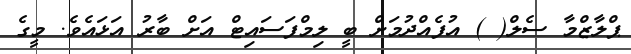
ޕްލާޒްމާ ސެލް( ) އުފެއްދުމަށް ބީ ލިމްފަސައިޓް އަށް ބާރު އަޅައެވެ. މީގެ